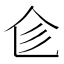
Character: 𠆹